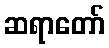
ဆရာတော်